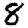
Digit: 8